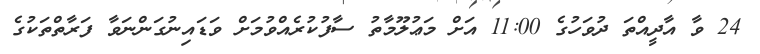
24 ވާ އާދީއްތަ ދުވަހުގެ 11:00 އަށް މަޢުލޫމާތު ސާފުކުރެއްވުމަށް ވަޑައިނުގަންނަވާ ފަރާތްތަކުގެ